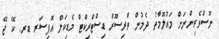
ނޫސްވެރިންނަށް މައުލޫމާތު ދެމުން ތްރިސޫރް ޑިސްޓްރިކްޓް މެޑިކަލް އޮފިސަރ ޑރ. ކޭ ޖޭ